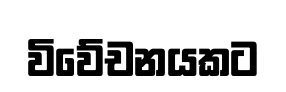
විවේචනයකට